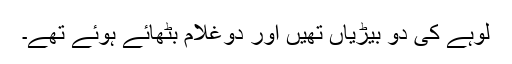
لوہے کی دو بیڑیاں تھیں اور دوغلام بٹھائے ہوئے تھے۔